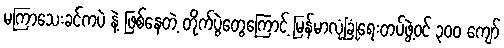
မကြာသေးခင်ကပဲ နဲ့ ဖြစ်နေတဲ့ တိုက်ပွဲတွေကြောင့် မြန်မာလုံခြုံရေးတပ်ဖွဲ့ဝင် ၃၀၀ ကျော်